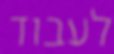
לעבוד